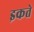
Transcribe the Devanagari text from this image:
इकते